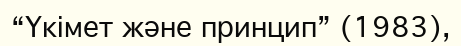
“Үкімет және принцип” (1983),